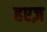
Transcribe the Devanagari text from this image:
हएज़